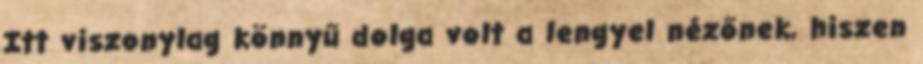
Itt viszonylag könnyű dolga volt a lengyel nézőnek, hiszen